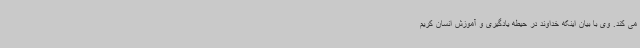
می کند. وی با بیان اینکه خداوند در حیطه یادگیری و آموزش انسان کریم